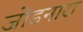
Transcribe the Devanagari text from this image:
जोडनारा